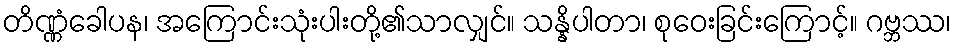
တိဏ္ဏံခေါပန၊ အကြောင်းသုံးပါးတို့၏သာလျှင်။ သန္နိပါတာ၊ စုဝေးခြင်းကြောင့်။ ဂဗ္ဘဿ၊